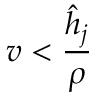
v < \frac { \hat { h } _ { j } } { \rho }